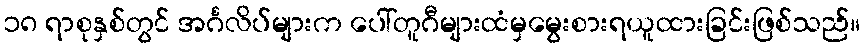
၁၈ ရာစုနှစ်တွင် အင်္ဂလိပ်များက ပေါ်တူဂီများထံမှမွေးစားရယူထားခြင်းဖြစ်သည်။